Annual administration report of the Civil Veterinary Department of India - 1894-1895
Year: 1894
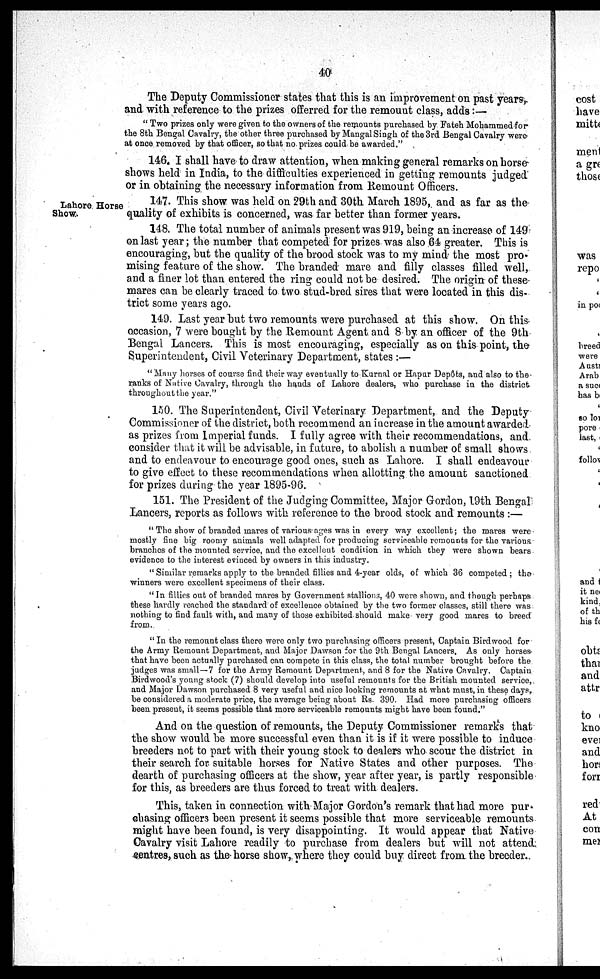
40
The Deputy Commissioner states that this is an improvement on past years,
and with reference to the prizes offerred for the remount class, adds:—
" Two prizes only were given to the owners of the remounts purchased by Fateh Mohammed for
the 8th Bengal Cavalry, the other three purchased by Mangal Singh of the 3rd Bengal Cavalry were
at once removed by that officer, so that no. prizes could be awarded."
146. I shall have to draw attention, when making general remarks on horse
shows held in India, to the difficulties experienced in getting remounts judged
or in obtaining the necessary information from Remount Officers.
Lahore Horse
Show.
147. This show was held on 29th and 30th March 1895, and as far as the
quality of exhibits is concerned, was far better than former years.
148. The total number of animals present was 919, being an increase of 149
on last year; the number that competed for prizes was also 64 greater. This is
encouraging, but the quality of the brood stock was to my mind the most pro-
mising feature of the show. The branded mare and filly classes filled well,
and a finer lot than entered the ring could not be desired. The origin of these
mares can be clearly traced to two stud-bred sires that were located in this dis-
trict some years ago.
149. Last year but two remounts were purchased at this show. On this
occasion, 7 were bought by the Remount Agent and 8 by an officer of the 9th
Bengal Lancers. This is most encouraging, especially as on this point, the
Superintendent, Civil Veterinary Department, states :—
"Many horses of course find their way eventually to Kurnal or Hapur Depôts, and also to the
ranks of Native Cavalry, through the hands of Lahore dealers, who purchase in the district
throughout the year."
150. The Superintendent, Civil Veterinary Department, and the Deputy-
Commissioner of the district, both recommend an increase in the amount awarded
as prizes from Imperial funds. I fully agree with their recommendations, and.
consider that it will be advisable, in future, to abolish a number of small shows.
and to endeavour to encourage good ones, such as Lahore. I shall endeavour
to give effect to these recommendations when allotting the amount sanctioned
for prizes during the year 1895-96.
151. The President of the Judging Committee, Major Gordon, 19th Bengal
Lancers, reports as follows with reference to the brood stock and remounts :—
" The show of branded mares of various ages was in every way excellent; the mares were
mostly fine big roomy animals well adapted for producing serviceable remounts for the various
branches of the mounted service, and the excellent condition in which they were shown bears
evidence to the interest evinced by owners in this industry.
" Similar remarks apply to the branded fillies and 4-year olds, of which 36 competed; the
winners were excellent specimens of their class.
" In fillies out of branded mares by Government stallions, 40 were shown, and though perhaps,
these hardly reached the standard of excellence obtained by the two former classes, still there was
nothing to find fault with, and many of those exhibited should make very good mares to breed"
from.
" In the remount class there were only two purchasing officers present, Captain Birdwood for
the Army Remount Department, and Major Dawson for the 9th Bengal Lancers, As only horses
that have been actually purchased can compete in this class, the total number brought before the
judges was small—7 for the Army Remount Department, and 8 for the Native Cavalry. Captain
Birdwood's young stock (7) should develop into useful remounts for the British mounted service,
and Major Dawson purchased 8 very useful and nice looking remounts at what must, in these days,
be considered a moderate price, the average being about Rs. 390. Had more purchasing officers
been present, it seems possible that more serviceable remounts might have been found."
And on the question of remounts, the Deputy Commissioner remarks that
the show would be more successful even than it is if it were possible to induce
breeders not to part with their young stock to dealers who scour the district in
their search for. suitable horses for Native States and other purposes. The
dearth of purchasing officers at the show, year after year, is partly responsible
for this, as breeders are thus forced to treat with dealers.
This, taken in connection with Major Gordon's remark that had more pur-
chasing officers been present it seems possible that more serviceable remounts
might have been found, is very disappointing. It would appear that Native
Cavalry visit Lahore readily to purchase from dealers but will not attend
centres, such as the horse show, where they could buy direct from the breeder.